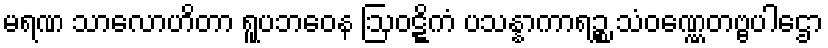
မရဏ သာလောဟိတာ ရူပဘဝေန ဩဝဋ္ဋိကံ ပသန္နာကာရဉ္စ သံဝဏ္ဏေတဗ္ဗပါဌော